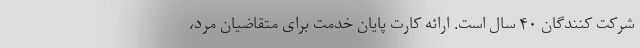
شرکت کنندگان ۴۰ سال است. ارائه کارت پایان خدمت برای متقاضیان مرد،